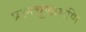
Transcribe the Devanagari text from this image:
प्रश्नचूणामणि